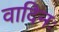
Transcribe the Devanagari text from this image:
वादिनः